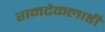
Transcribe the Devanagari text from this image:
रामटेकलाही